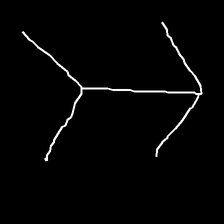
Glyph: gather